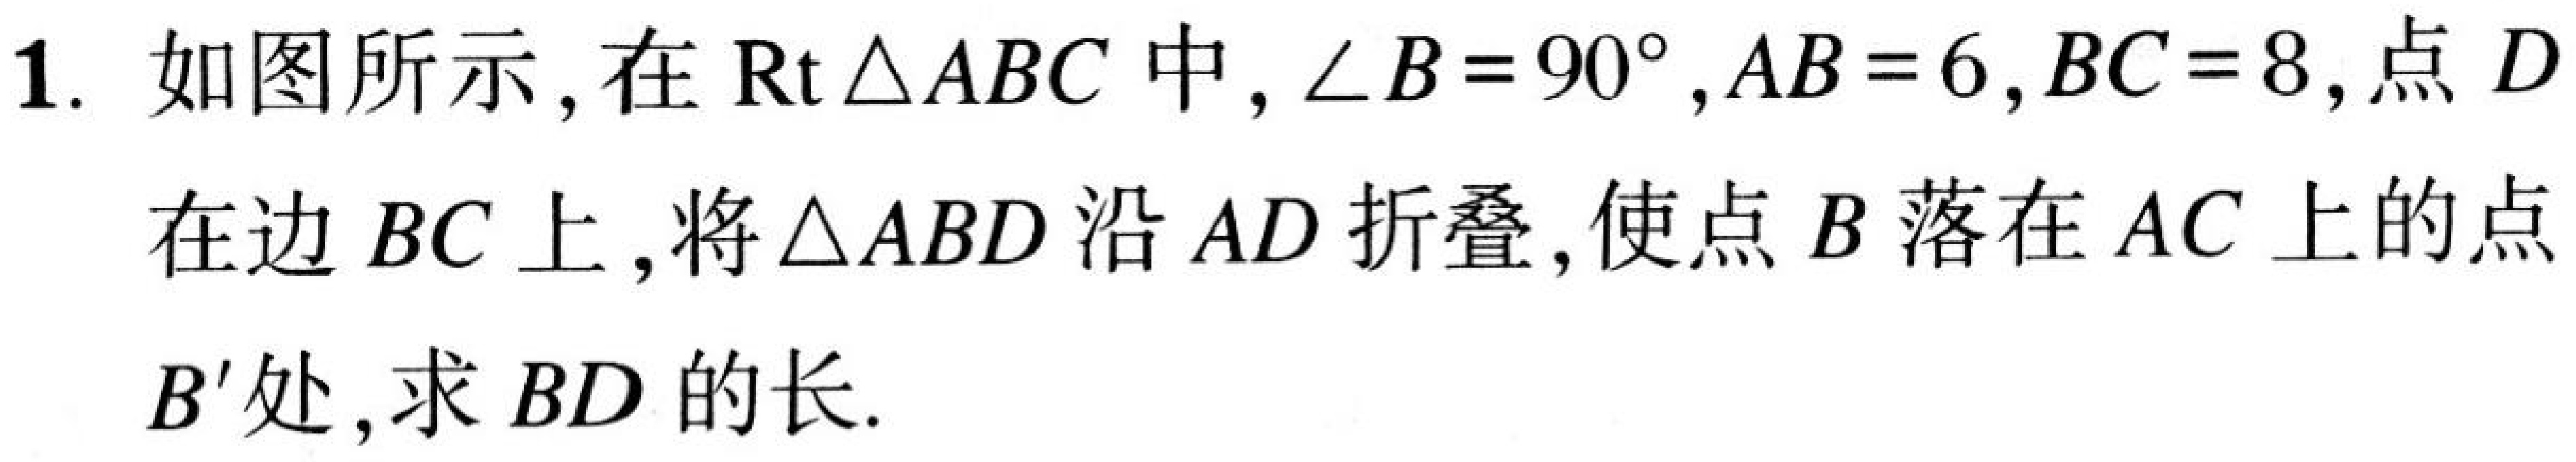
1. 如图所示,在\(\text{Rt}\triangle ABC\)中,\(\angle B = 90^{\circ},AB = 6,BC = 8\),点\(D\)在边\(BC\)上,将\(\triangle ABD\)沿\(AD\)折叠,使点\(B\)落在\(AC\)上的点\(B'\)处,求\(BD\)的长.